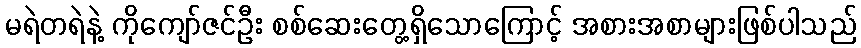
မရဲတရဲနဲ့ ကိုကျော်ဇင်ဦး စစ်ဆေးတွေ့ရှိသောကြောင့် အစားအစာများဖြစ်ပါသည်